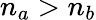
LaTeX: n_{a}>n_{b}